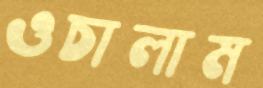
ওচালাম